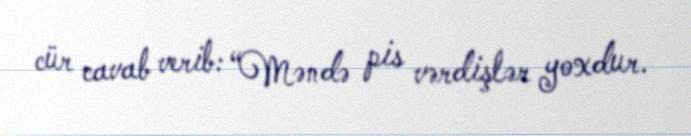
cür cavab verib: “Məndə pis vərdişlər yoxdur.